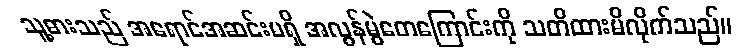
သူ့ဓားသည် အရောင်အဆင်းမရှိ အလွန်မွဲတေကြောင်းကို သတိထားမိလိုက်သည်။